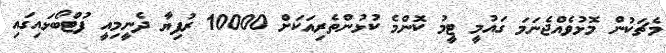
މެޗަކުން މޮޅުވެއްޖެނަމަ ގައުމީ ޓީމު ކޮންމެ ކުޅުންތެރިއަކަށް 10000 ރުފިޔާ ދެނީމިއީ ފުޓްބޯޅައިގައި